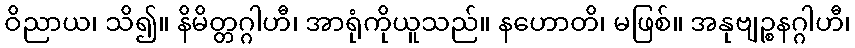
ဝိညာယ၊ သိ၍။ နိမိတ္တဂ္ဂါဟီ၊ အာရုံကိုယူသည်။ နဟောတိ၊ မဖြစ်။ အနုဗျဉ္စနဂ္ဂါဟီ၊